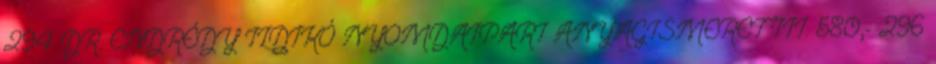
294 DR. ENDRÉDY ILDIKÓ NYOMDAIPARI ANYAGISMERET III. 580,- 296